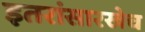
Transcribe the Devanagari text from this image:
इतरांसारखेच